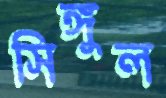
সিঙ্গুল